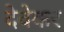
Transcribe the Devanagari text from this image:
देवेकर